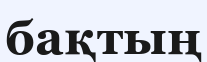
бақтың